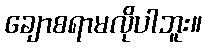
ချောစရာမလိုပါဘူး။